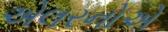
એલરનોએ